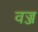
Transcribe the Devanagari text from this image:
वज्ज